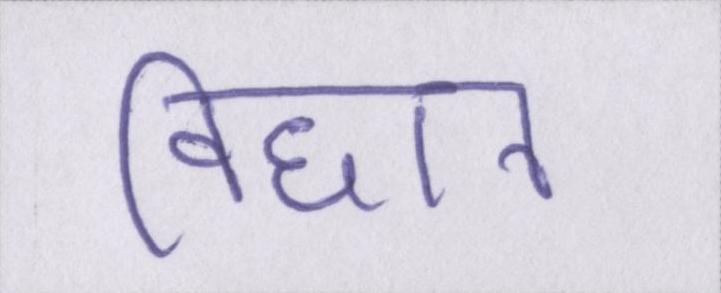
विधान